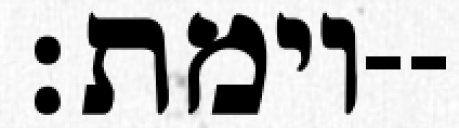
וימת׃--